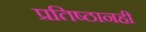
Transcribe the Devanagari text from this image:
प्रतिष्ठानही